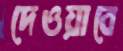
দেওয়াবে